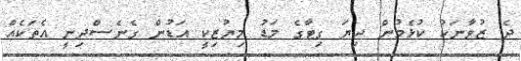
ދެ ޒުވާނަކު ކުޅެމުން ދިޔަ ގިޓާގެ މަޑު މިޔުޒިކީ އަޑުން ގެނެސްދިނީ އެތަކެއް